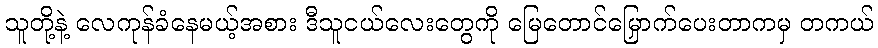
သူတို့နဲ့ လေကုန်ခံနေမယ့်အစား ဒီသူငယ်လေးတွေကို မြေတောင်မြှောက်ပေးတာကမှ တကယ်